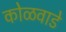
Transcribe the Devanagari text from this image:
कोळवाडे